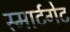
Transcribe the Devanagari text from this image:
स्मार्टगेट